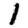
Digit: 1